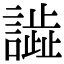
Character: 𧬃